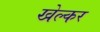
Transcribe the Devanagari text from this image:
खेल्कर